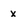
Character: x